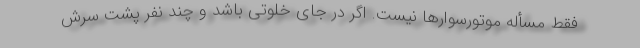
فقط مسأله موتورسوارها نیست. اگر در جای خلوتی باشد و چند نفر پشت سرش